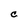
Character: C